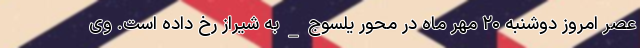
عصر امروز دوشنبه ۲۰ مهر ماه در محور یلسوج_به شیراز رخ داده است. وی